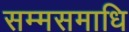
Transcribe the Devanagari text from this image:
सम्मसमाधि